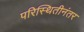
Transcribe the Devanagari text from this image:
परिस्थितीनंतर